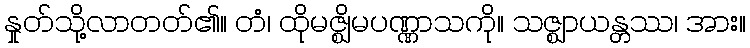
နှုတ်သို့လာတတ်၏။ တံ၊ ထိုမဇ္ဈိမပဏ္ဏာသကို။ သဇ္ဈာယန္တဿ၊ အား။